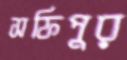
সফিপুর